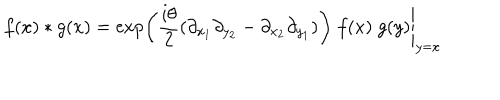
f ( x ) * g ( x ) = \left. \exp \left( \frac { i \theta } { 2 } ( \partial _ { x _ { 1 } } \partial _ { y _ { 2 } } - \partial _ { x _ { 2 } } \partial _ { y _ { 1 } } ) \right) \; f ( x ) \; g ( y ) \right| _ { y = x }